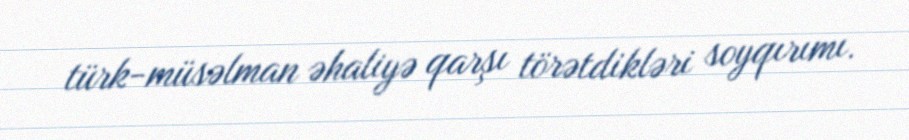
türk-müsəlman əhaliyə qarşı törətdikləri soyqırımı.